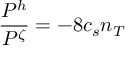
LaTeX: { \frac { P ^ { h } } { P ^ { \zeta } } = - 8 } c _ { s } n _ { T }